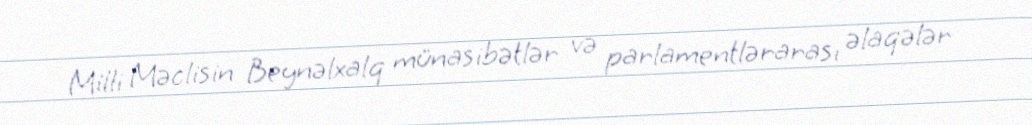
Milli Məclisin Beynəlxalq münasibətlər və parlamentlərarası əlaqələr